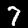
Digit: 7